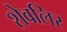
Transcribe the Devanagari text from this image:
शेवलिर